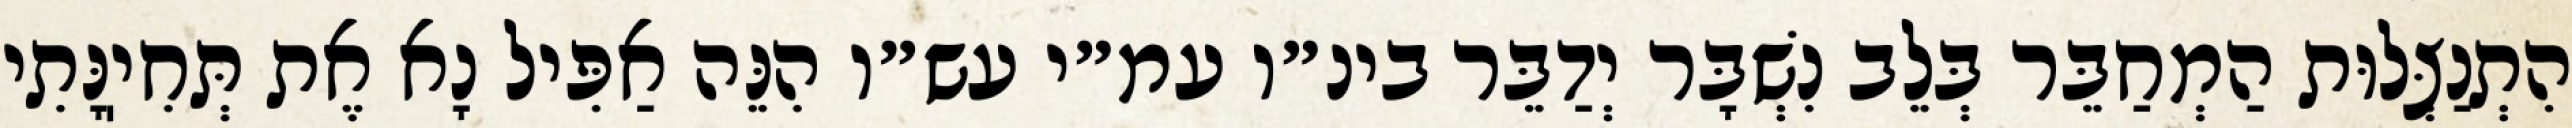
הִתְנַצְּלוּת הַמְחַבֵּר בְּלֵב נִשְׁבָּר יְדַבֵּר בינ״ו עמ״י עש״ו הִנֵּה אַפִּיל נָא אֶת תְּחִיֽנָּתִי